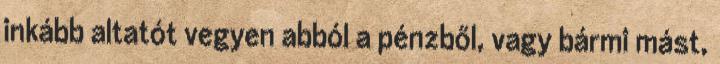
inkább altatót vegyen abból a pénzből, vagy bármi mást,